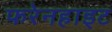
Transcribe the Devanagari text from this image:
फरेनहाइट